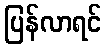
ပြန်လာရင်